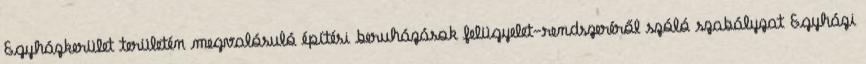
Egyházkerület területén megvalósuló építési beruházások felügyelet-rendszeréről szóló szabályzat Egyházi